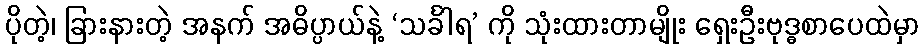
ပိုတဲ့၊ ခြားနားတဲ့ အနက် အဓိပ္ပာယ်နဲ့ ‘သင်္ခါရ’ ကို သုံးထားတာမျိုး ရှေးဦးဗုဒ္ဓစာပေထဲမှာ